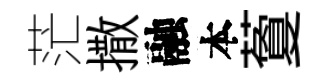
茫撒融本藑